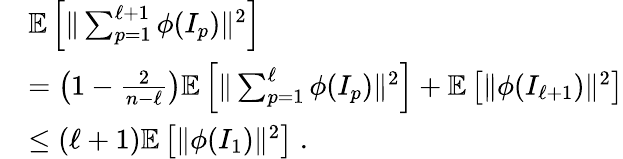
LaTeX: \begin{array}{rl}&{\mathbb{E}\left[\| \sum_{p=1}^{\ell+1}\phi(I_{p})\| ^{2}\right]}\\ &{=\left(1-\frac{2}{n-\ell}\right)\mathbb{E}\left[\| \sum_{p=1}^{\ell}\phi(I_{p})\| ^{2}\right]+\mathbb{E}\left[\| \phi(I_{\ell+1})\| ^{2}\right]}\\ &{\leq(\ell+1)\mathbb{E}\left[\| \phi(I_{1})\| ^{2}\right]\; .}\end{array}